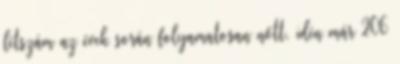
létszám az évek során folyamatosan nőtt, idén már 206